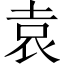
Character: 袁